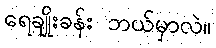
ရေချိုးခန်း ဘယ်မှာလဲ။